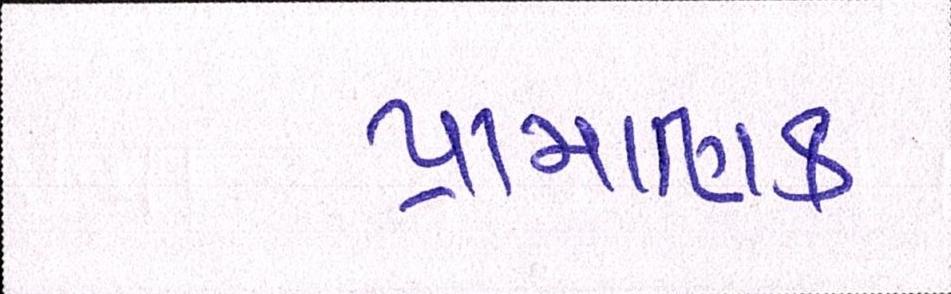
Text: પ્રામાણિક